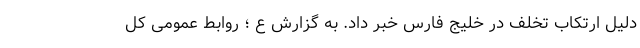
دلیل ارتکاب تخلف در خلیج فارس خبر داد. به گزارش ع ؛ روابط عمومی کل